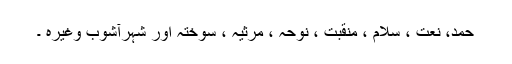
حمد، نعت ، سلام ، منقبت ، نوحہ ، مرثیہ ، سوختہ اور شہرِآشوب وغیرہ ۔